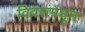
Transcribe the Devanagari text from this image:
विवरांमधून